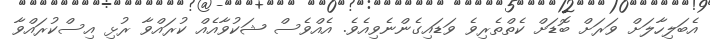
އެބަލިހާލަށް ވަރަށް ބޮޑަށް ކެތްތެރިވެ ވަޑައިގެންނެވިއެވެ. އެއްވެސް ޝަކުވާއެއް ކުރައްވާ ރުޅި އިސްކުރައްވާ